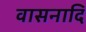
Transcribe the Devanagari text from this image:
वासनादि